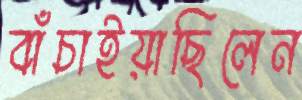
বাঁচাইয়াছিলেন